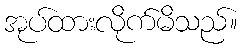
အုပ်ထားလိုက်မိသည်။